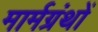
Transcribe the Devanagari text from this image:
मार्मग्रंथों